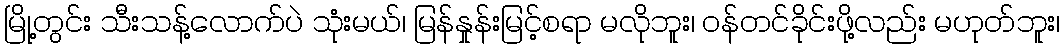
မြို့တွင်း သီးသန့်လောက်ပဲ သုံးမယ်၊ မြန်နှုန်းမြင့်စရာ မလိုဘူး၊ ဝန်တင်ခိုင်းဖို့လည်း မဟုတ်ဘူး၊